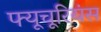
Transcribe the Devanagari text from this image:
फ्यूचूरियंस